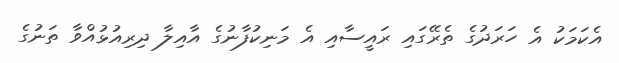
އެކަމަކު އެ ހަރަދުގެ ތެރޭގައި ރައީސާއި އެ މަނިކުފާނުގެ އާއިލާ ދިރިއުޅުއްވާ ތަނުގެ